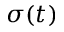
\sigma ( t )